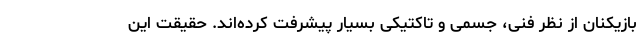
بازیکنان از نظر فنی، جسمی و تاکتیکی بسیار پیشرفت کرده‌اند. حقیقت این